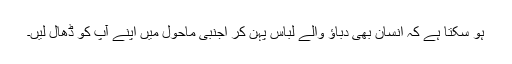
ہو سکتا ہے کہ انسان بھی دباؤ والے لباس پہن کر اجنبی ماحول میں اپنے آپ کو ڈھال لیں۔